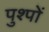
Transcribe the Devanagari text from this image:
पुश्पों